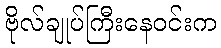
ဗိုလ်ချုပ်ကြီးနေဝင်းက